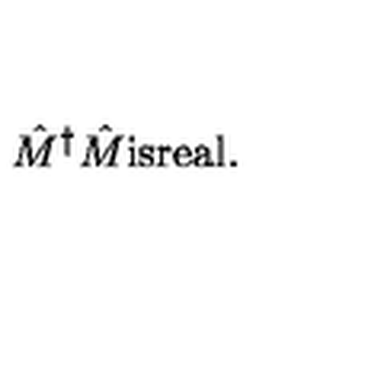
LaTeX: \hat { M } ^ { \dagger } \hat { M } \mathrm { i s r e a l } .